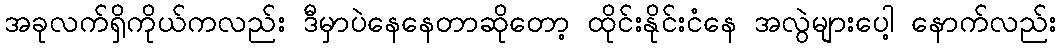
အခုလက်ရှိကိုယ်ကလည်း ဒီမှာပဲနေနေတာဆိုတော့ ထိုင်းနိုင်းငံနေ အလွဲများပေါ့ နောက်လည်း